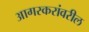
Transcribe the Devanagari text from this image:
आगरकरांवरील